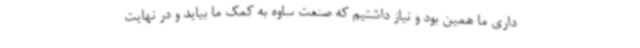
داری ما همین بود و نیاز داشتیم که صنعت ساوه به کمک ما بیاید و در نهایت